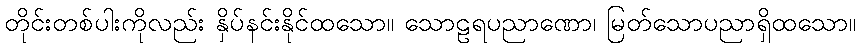
တိုင်းတစ်ပါးကိုလည်း နှိပ်နင်းနိုင်ထသော။ သောဠရပညာဏော၊ မြတ်သောပညာရှိထသော။